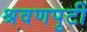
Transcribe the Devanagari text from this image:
श्रवणपुटीं